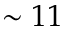
\sim 1 1